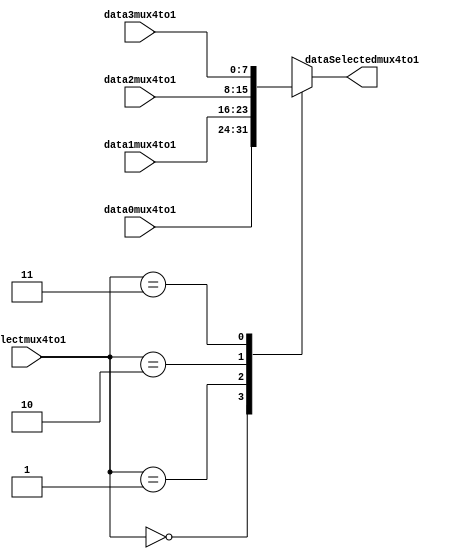
module mux4to1(data0mux4to1,data1mux4to1,data2mux4to1,data3mux4to1,selectmux4to1,dataSelectedmux4to1);
parameter size = 8;

input [size-1:0] data0mux4to1,data1mux4to1,data2mux4to1,data3mux4to1;
input [1:0] selectmux4to1;

output [size-1:0] dataSelectedmux4to1;
reg [size-1:0] dataSelectedmux4to1;

always@(*)
begin
	case(selectmux4to1)
	2'b00:dataSelectedmux4to1 = data0mux4to1;
	2'b01:dataSelectedmux4to1 = data1mux4to1;
	2'b10:dataSelectedmux4to1 = data2mux4to1;
	2'b11:dataSelectedmux4to1 = data3mux4to1;
	endcase
end
endmodule